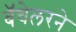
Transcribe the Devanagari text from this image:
बॅचेलरने